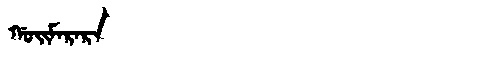
Manchu: ᡤᠣᡳᠮᠠᡵᠠᡵᠠ
Romanization: GOIMARARA